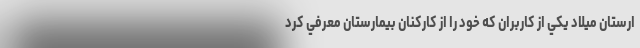
ارستان ميلاد يكي از كاربران كه خود را از كاركنان بيمارستان معرفي كرد